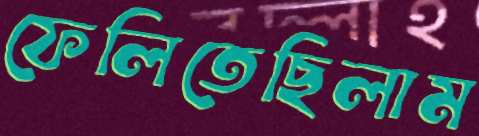
ফেলিতেছিলাম